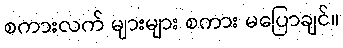
စကားလက် များများ စကား မပြောချင်။